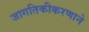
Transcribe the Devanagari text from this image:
जागतिकीकरणाने